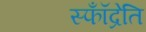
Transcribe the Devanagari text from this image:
स्फॉँद्रेति